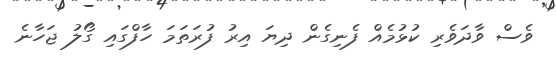
ވެސް ވާދަވެރި ކުޅުމެއް ފެނިގެން ދިޔަ އިރު ފުރަތަމަ ހާފްގައި ގޯލު ޖަހާނެ